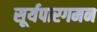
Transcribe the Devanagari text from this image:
सूर्यपारगमन